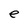
Character: e